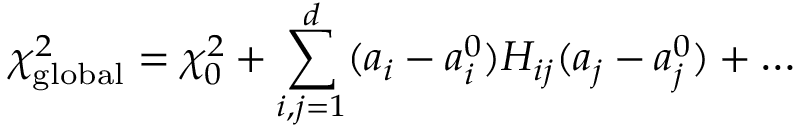
\chi _ { \mathrm { g l o b a l } } ^ { 2 } = \chi _ { 0 } ^ { 2 } + \sum _ { i , j = 1 } ^ { d } ( a _ { i } - a _ { i } ^ { 0 } ) H _ { i j } ( a _ { j } - a _ { j } ^ { 0 } ) + \ldots